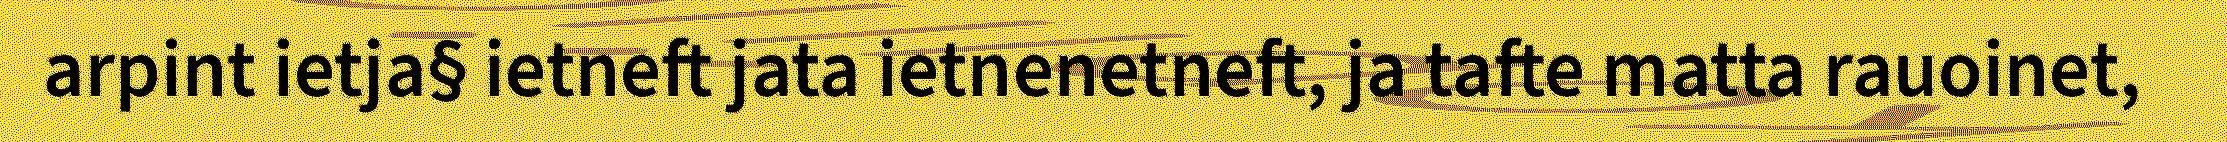
arpint ietja§ ietneft jata ietnenetneft, ja tafte matta rauoinet,